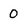
Character: 0